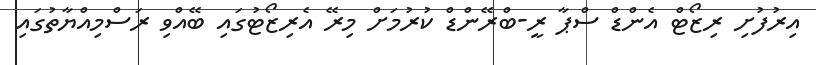
އިރުފުށި ރިޒޯޓް އެންޑް ސްޕާ ރީ-ބްރޭންޑް ކުރުމަށް މިރޭ އެރިޒޯޓުގައި ބޭއްވި ރަސްމިއްޔާތުގައި